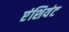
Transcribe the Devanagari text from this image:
एंशियंट